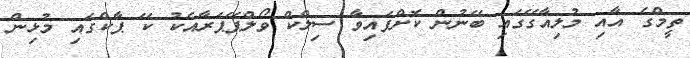
ތީމްގެ އާއި މުލިއާގޭގައި ބޭނުން ކޮށްފައިވާ ސިލްކް ވޯލްޕޭޕަރާއެކު ކޭ ޕާކްގައި މުޅިން